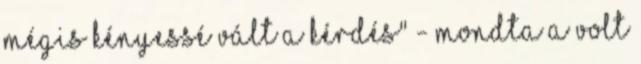
mégis kényessé vált a kérdés" - mondta a volt